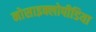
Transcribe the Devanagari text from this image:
नोसाइक्लोपीडिया